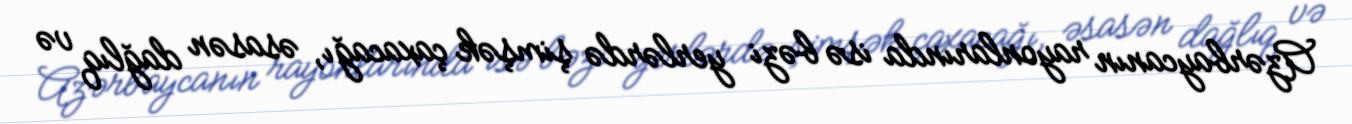
Azərbaycanın rayonlarında isə bəzi yerlərdə şimşək çaxacağı, əsasən dağlıq və